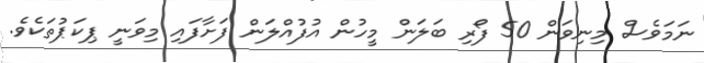
ނަމަވެސް މިނިވަން 50 ފޯރި ބަލަން މީހުން އުފުއްލަން ފަށާފައި މިވަނީ ޕިކަޕުތަކެވެ.